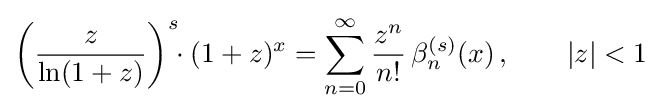
\left({\frac {z}{\ln(1+z)}}\right)^{s}\!\!\cdot (1+z)^{x}=\sum _{n=0}^{\infty }{\frac {z^{n}}{n!}}\,\beta _{n}^{(s)}(x)\,,\qquad |z|<1